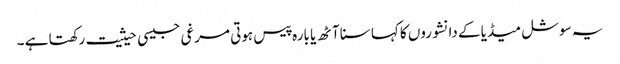
یہ سوشل میڈیا کے دانشوروں کا کہا سنا آٹھ یا بارہ پیس ہوتی مرغی جیسی حیثیت رکھتا ہے ۔